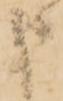
申